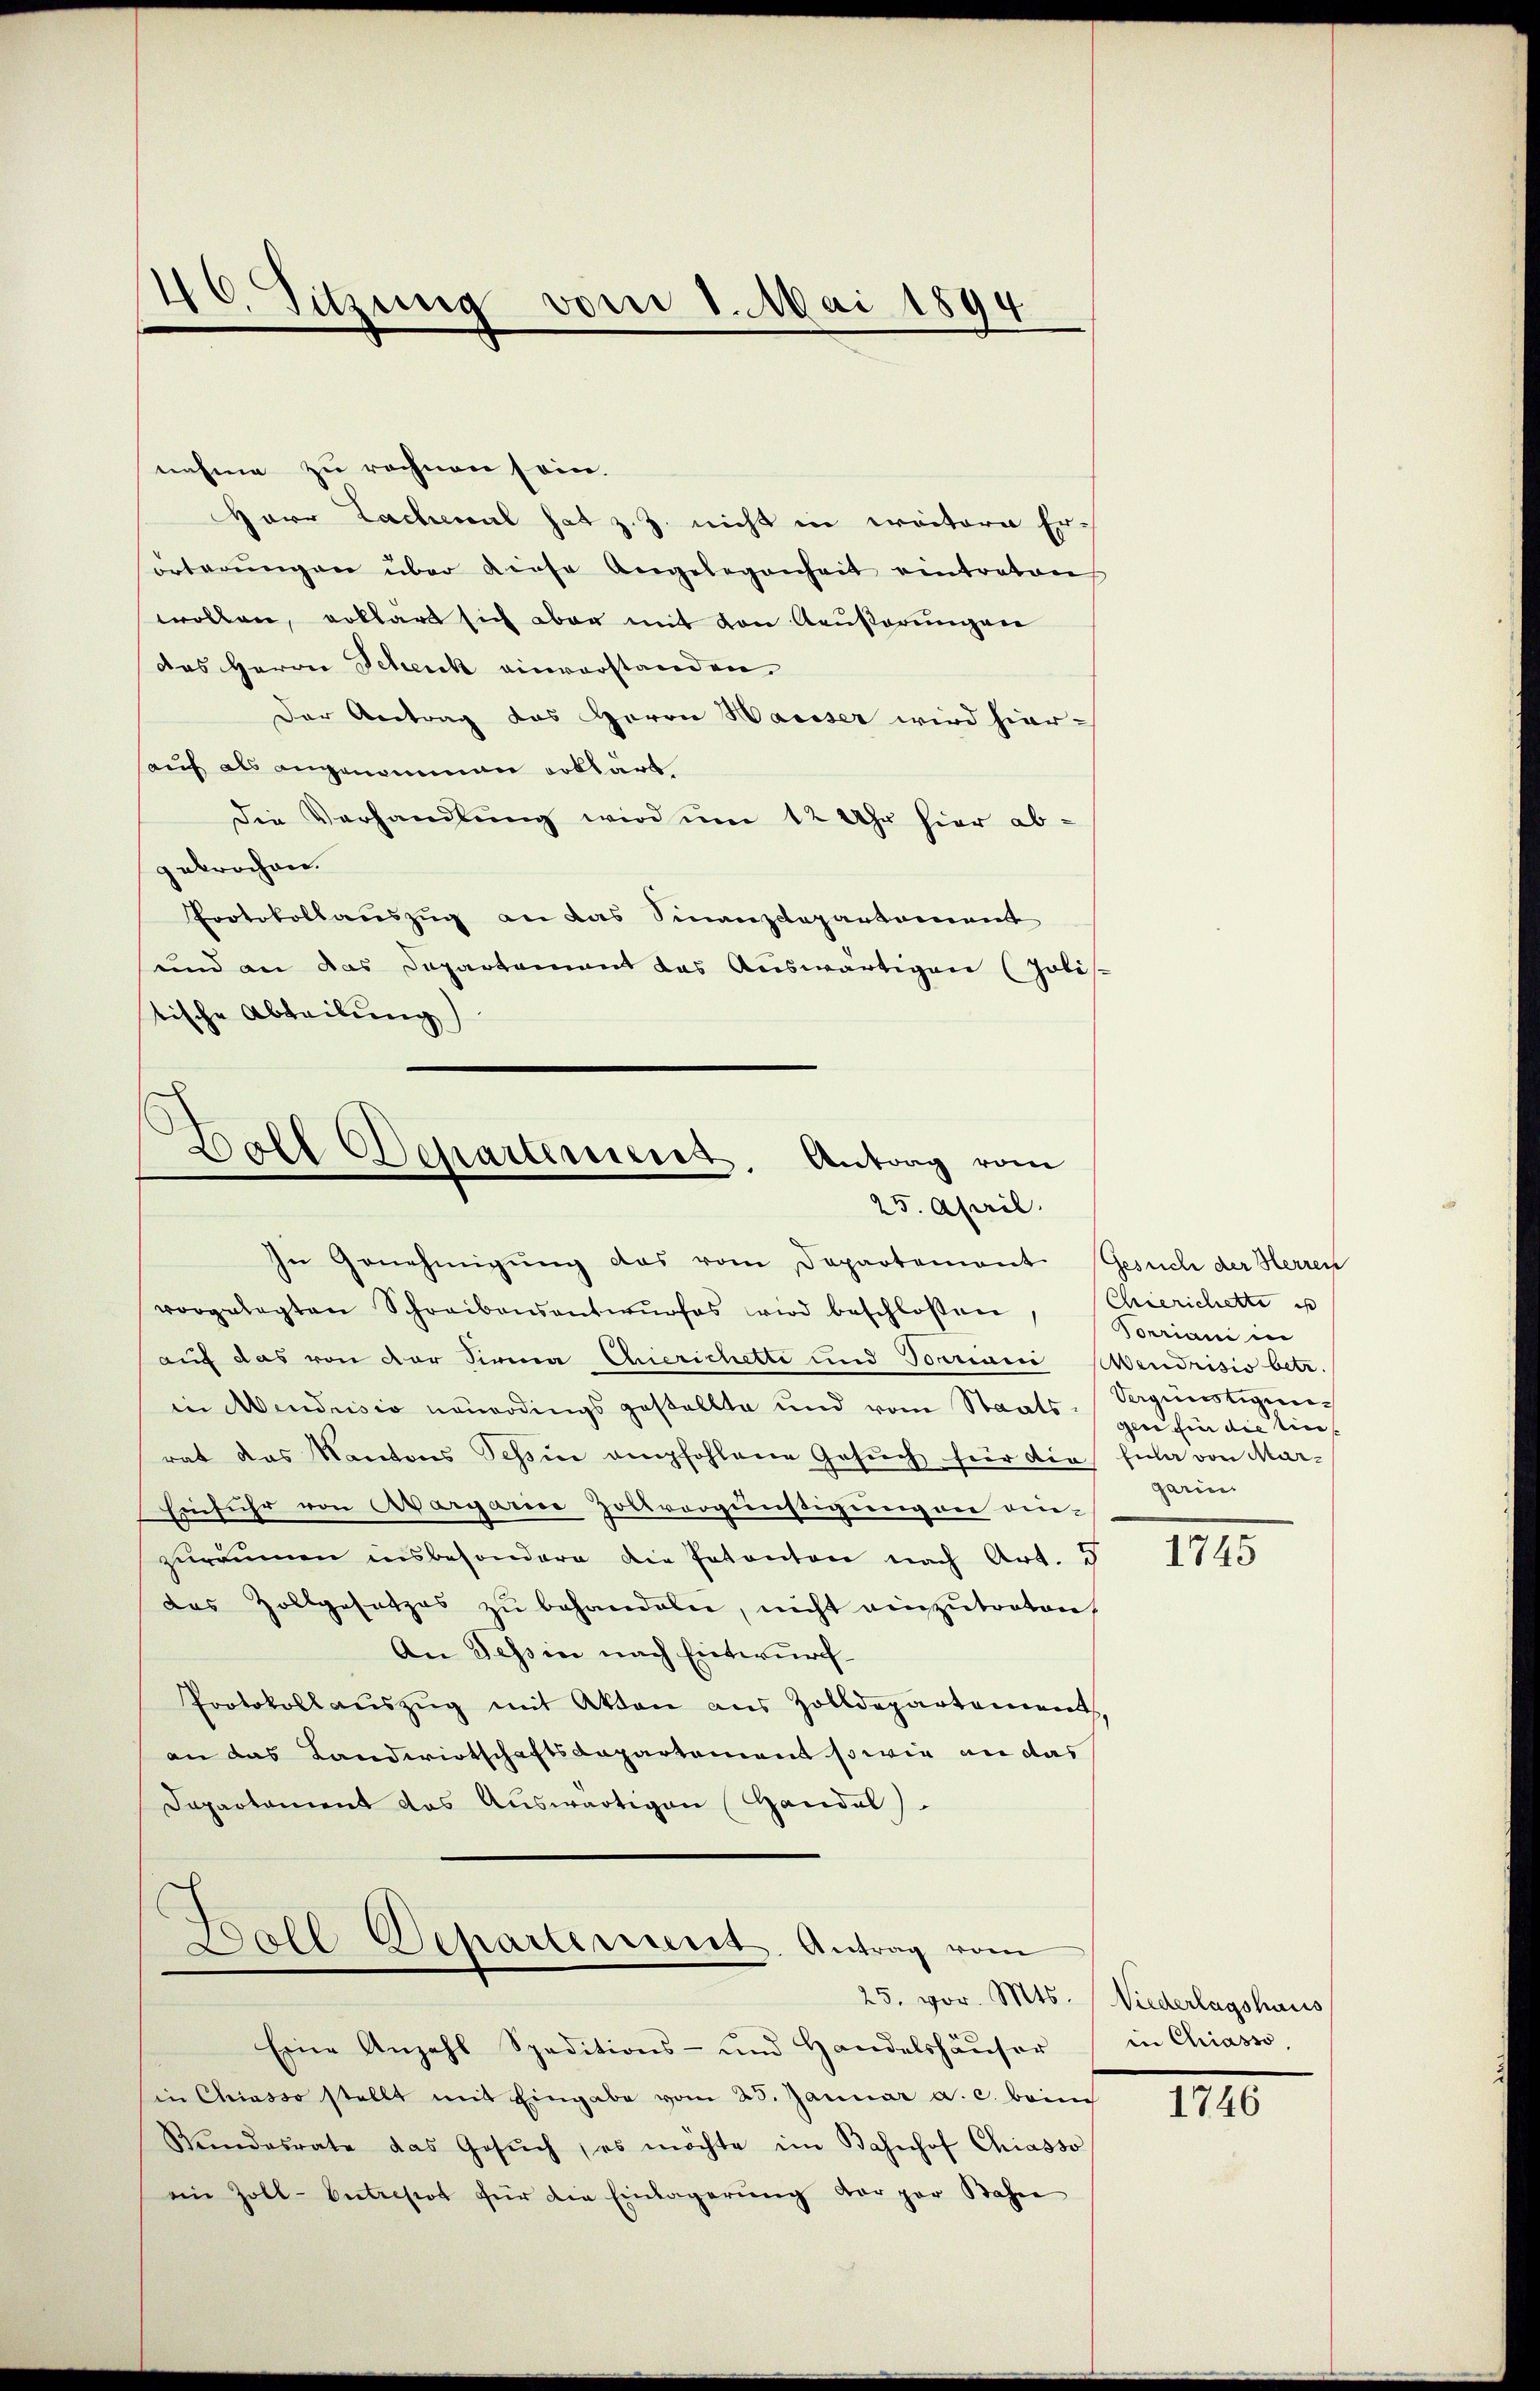
40. Sitzung vom 1. Mai 1894

nahme zu rechnen sein.
Herr Lachmal hat z. Z. nicht in weitern Erörterŭngen über diese Angelegenheit eintreten
wollen, erklärt sich aber mit von Aeußerungen
das Herrn Schenk einverstanden
Der Antrag das Herrn Waiser wird hier-
sauf als angenommen erklärt
Die Verhandlung wird um 12 Uhr hier abgebrochen.
Protokollauszug an das Finanzdepartement
und an das Dapartement das Auswärtigen (Zolis
stische Abteilung)

Boll Departemens. Antrag vom
25. April.

In Genehmigung das vom Departement. Gesuch der Herren
vorgelegten Schreibensantwŭrfes wird beschloßen, (Chierichette u
auf das von der Sirna Gerichette und Torniani Mendrisio betr.
in Abendsio neuerdings gestellte und vom Staats gen fin die tierat das Kantons Tessin empfohlene Gesŭch für die Eula von Mar-
Einfuhr von Aargarine Zollvergünstigung an ein-
zuräumen insbesondere die Patenten nach Art. d
das Zollgesetzes zŭ behandeln, nicht einzutreten,
An Tessin nach Entwurf
Protokollaŭszŭg mit Akten aus Zolldepartements
an das Landwirtschaftsdepartement so wie an das
Dapartament das Auswärtigen Handel
Woll
Departement. Antrag vom
25. vor. Mts. Wiederlagshaus
Eine Anzahl Speditions- und Handelshäŭser in Chiasso,
sin Chiasso stellt mit Eingabe vom 23. Januar a. c. beim
Rŭndesrate das Gesŭch, es möchte im Bahnhof Chiasso
ein Zoll-Entrepot für die Einlagerŭng der par Bahne

Vorriani in
Vergünstigungarin

1745

1746